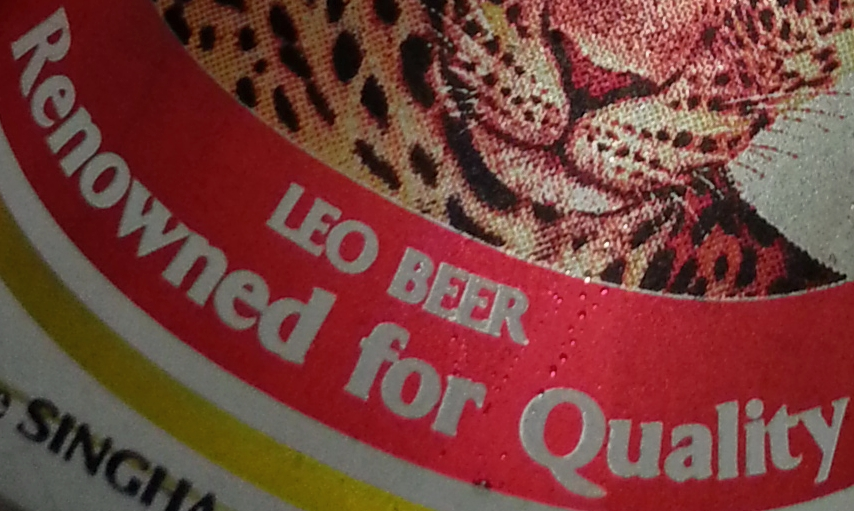
Renowned for Quality